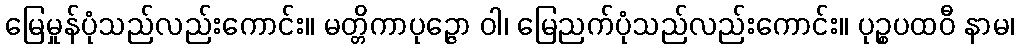
မြေမှုန်ပုံသည်လည်းကောင်း။ မတ္တိကာပုဉ္ဇော ဝါ၊ မြေညက်ပုံသည်လည်းကောင်း။ ပုဉ္စပထဝီ နာမ၊